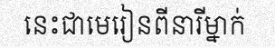
នេះជាមេរៀនពីនារីម្នាក់